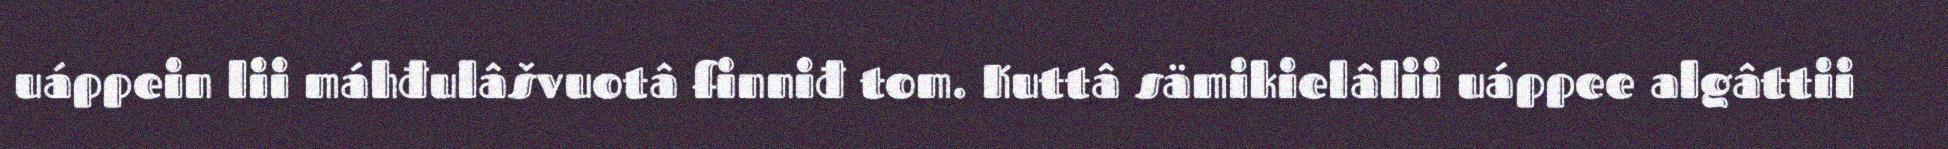
uáppein lii máhđulâšvuotâ finniđ tom. Kuttâ sämikielâlii uáppee algâttii